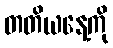
တတိယနေ့ကို